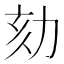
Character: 劾